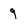
Character: 9